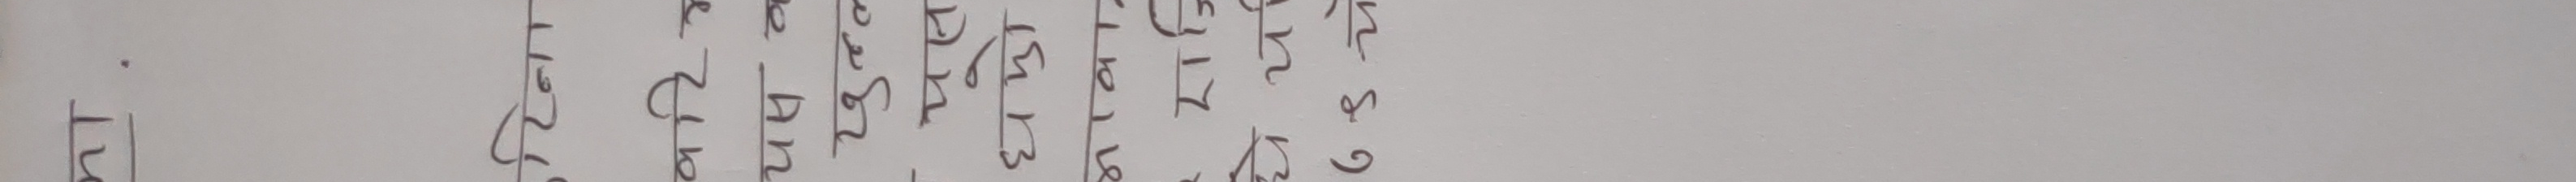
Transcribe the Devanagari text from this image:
मा.
टिना
परिम
यस व
खुल्ल
यस
घम्रो
भावान
ये
रात्रि
७९ चे